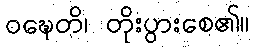
ဝဍ္ဎေတိ၊ တိုးပွားစေ၏။